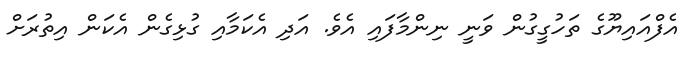
އެފްއައިޔޫގެ ތަހުގީގުން ވަނީ ނިންމާފައި އެވެ. އަދި އެކަމާއި ގުޅިގެން އެކަން އިތުރަށް